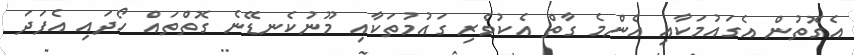
އެގޮތުން އެގައުމަކާއި އެންމެ ގާތް އެކުވެރި ގައުމުތަކާއި މޫނުކެނޑޭނެ ގޮތްތައް ހޯދައި އެފަދަ